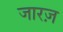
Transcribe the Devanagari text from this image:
जारज़